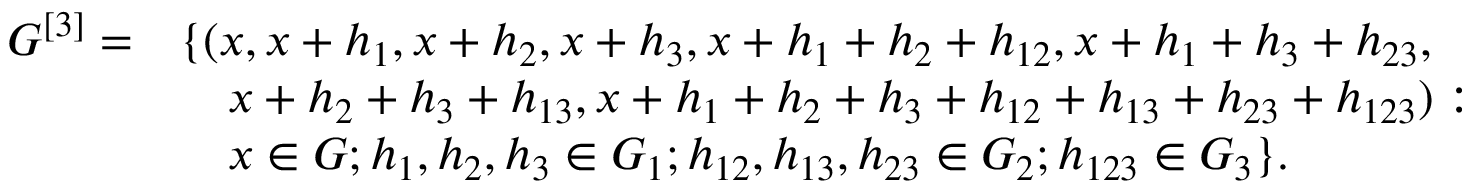
\begin{array} { r l } { G ^ { [ 3 ] } = } & { \{ ( x , x + h _ { 1 } , x + h _ { 2 } , x + h _ { 3 } , x + h _ { 1 } + h _ { 2 } + h _ { 1 2 } , x + h _ { 1 } + h _ { 3 } + h _ { 2 3 } , } \\ & { \quad x + h _ { 2 } + h _ { 3 } + h _ { 1 3 } , x + h _ { 1 } + h _ { 2 } + h _ { 3 } + h _ { 1 2 } + h _ { 1 3 } + h _ { 2 3 } + h _ { 1 2 3 } ) : } \\ & { \quad x \in G ; h _ { 1 } , h _ { 2 } , h _ { 3 } \in G _ { 1 } ; h _ { 1 2 } , h _ { 1 3 } , h _ { 2 3 } \in G _ { 2 } ; h _ { 1 2 3 } \in G _ { 3 } \} . } \end{array}